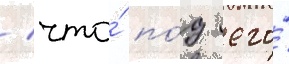
/ что́ по́д его́